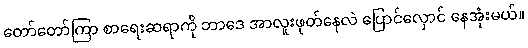
တော်တော်ကြာ စာရေးဆရာကို ဘာဒေ အာလူးဖုတ်နေလဲ ပြောင်လှောင် နေအုံးမယ်။